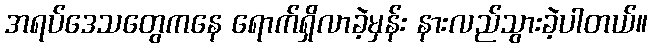
အရပ်ဒေသတွေကနေ ရောက်ရှိလာခဲ့မှန်း နားလည်သွားခဲ့ပါတယ်။